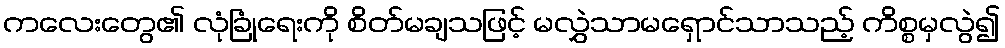
ကလေးတွေ၏ လုံခြုံရေးကို စိတ်မချသဖြင့် မလွှဲသာမရှောင်သာသည့် ကိစ္စမှလွဲ၍